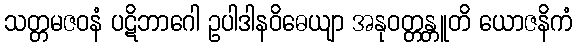
သတ္တမဇဝနံ ပဋိဘာဂေါ ဥပါဒါနဝိဓေယျာ အနုဝတ္တန္တူတိ ယောဇနိကံ